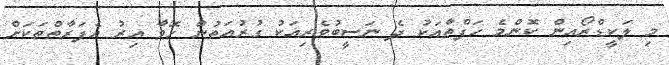
މި ލަކީޑްރޯއިން ކޮންމެ ހަފްތާއަކު ދެ ނަސީބުވެރިއަކު ގުރުއަތުން ހޮވާ އިރު އެފަރާތްތަކަށް